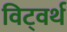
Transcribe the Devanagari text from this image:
विट्वर्थ